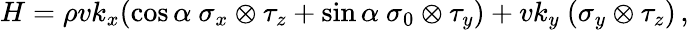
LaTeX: H=\rho vk_{x}(\cos\alpha\ \sigma_{x}\otimes\tau_{z}+\sin\alpha\ \sigma_{0}\otimes\tau_{y})+vk_{y}\ (\sigma_{y}\otimes\tau_{z})\, ,